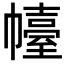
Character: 𢅣